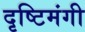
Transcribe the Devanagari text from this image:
दृष्टिमंगी